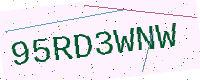
Text: 95RD3WNW